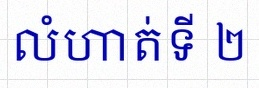
លំហាត់ទី ២